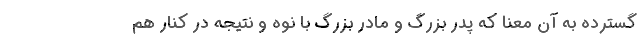
گسترده به آن معنا که پدر بزرگ و مادر بزرگ با نوه و نتیجه در کنار هم